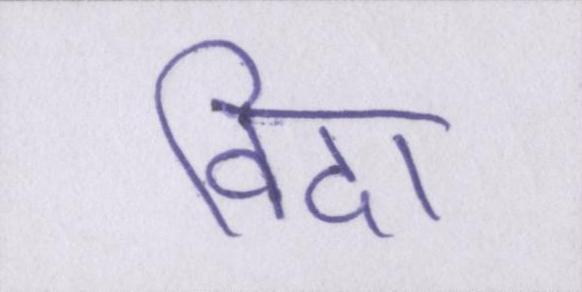
विदा